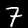
Digit: 7